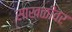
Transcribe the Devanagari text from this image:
साखळीवर